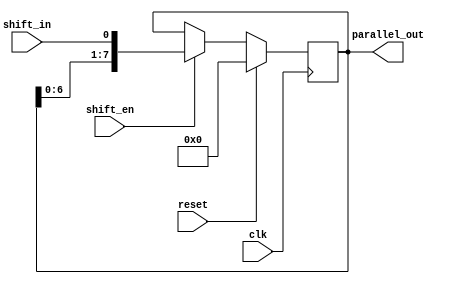
// 8-bit shift-register

module Shreg8(
        input clk,
        input reset,
        input shift_in,
        input shift_en,
        output [7:0] parallel_out
    );

    reg [7:0] data_ff;

    always @(posedge clk) begin
        if (reset) begin
            data_ff <= 8'b0;
        end else if (shift_en) begin
            data_ff <= {data_ff[6:0], shift_in};
        end
    end

    assign parallel_out = data_ff;

endmodule